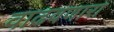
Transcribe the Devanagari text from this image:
वाढवणारा